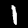
Digit: 1